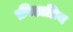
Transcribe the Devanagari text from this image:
क्रीड़ाप्रिय